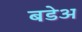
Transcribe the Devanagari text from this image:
बडेअ